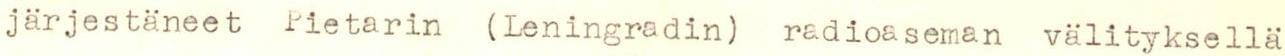
järjestäneet Pietarin (Leningradin radioaseman välityksellä